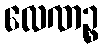
လေဏဉ္စ